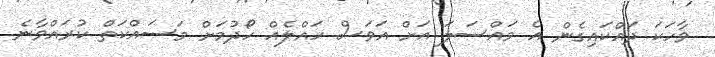
ވާހަކަ ދައްކައިގެން އެ މައްސަލަ އަށް އަވަސް ހައްލެއް ހޯދުމަށް މަސައްކަތް ކުރައްވާނެ